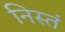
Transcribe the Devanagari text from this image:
निस्तं